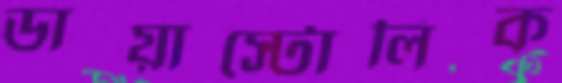
ডায়াস্টোলিক